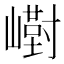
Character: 𪩙